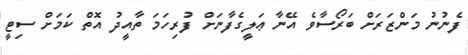
ފެނުނު މަންޒަރަށް ބަރޯސާވެ އޭނާ ޢަލީގެފާނަށް ފުރިހަމަ ތާއީދު އޮތް ކަމަށް ސިޓީ